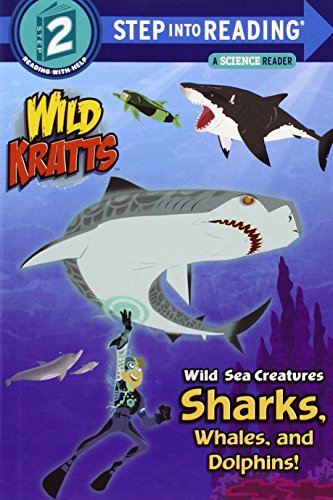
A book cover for Wild Sea Creatures: Sharks, Whales and Dolphins! (Wild Kratts) (Step into Reading); Chris Kratt; Children's Books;